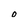
Character: o